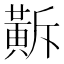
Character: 𪎺